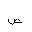
Letter: _dad